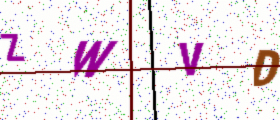
Text: ZWVD